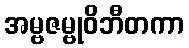
အမ္ဗဇမ္ဗုဝိဘီတကာ